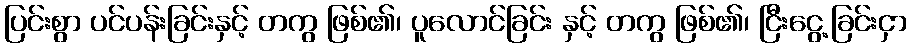
ပြင်းစွာ ပင်ပန်းခြင်းနှင့် တကွ ဖြစ်၏၊ ပူလောင်ခြင်း နှင့် တကွ ဖြစ်၏၊ ငြီးငွေ့ခြင်းငှာ